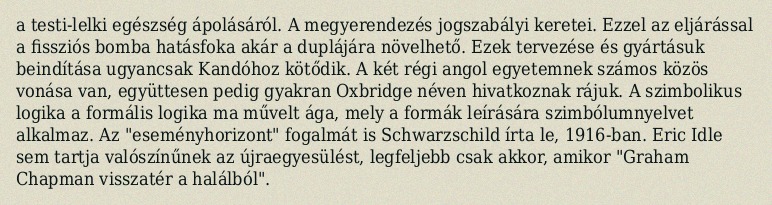
a testi-lelki egészség ápolásáról. A megyerendezés jogszabályi keretei. Ezzel az eljárással a fissziós bomba hatásfoka akár a duplájára növelhető. Ezek tervezése és gyártásuk beindítása ugyancsak Kandóhoz kötődik. A két régi angol egyetemnek számos közös vonása van, együttesen pedig gyakran Oxbridge néven hivatkoznak rájuk. A szimbolikus logika a formális logika ma művelt ága, mely a formák leírására szimbólumnyelvet alkalmaz. Az "eseményhorizont" fogalmát is Schwarzschild írta le, 1916-ban. Eric Idle sem tartja valószínűnek az újraegyesülést, legfeljebb csak akkor, amikor "Graham Chapman visszatér a halálból".